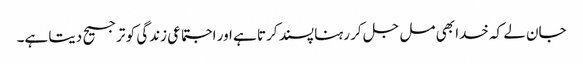
جان لے کہ خدا بھی مل جل کر رہنا پسند کرتا ہے اور اجتماعی زندگی کو ترجیح دیتا ہے۔